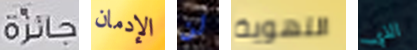
جائزة الإدمان لن التهوية الذي